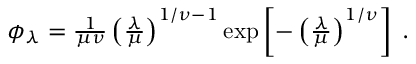
\begin{array} { r } { \phi _ { \lambda } = \frac { 1 } { \mu \nu } \left( \frac { \lambda } { \mu } \right) ^ { 1 / \nu - 1 } \exp \left[ - \left( \frac { \lambda } { \mu } \right) ^ { 1 / \nu } \right] \; . } \end{array}